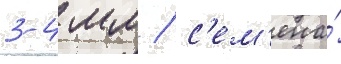
3-4 мм / с'ем'ена́